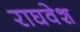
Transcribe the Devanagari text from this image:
राघवेश